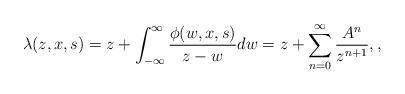
LaTeX: \begin{align*}\lambda(z,x,s)=z+\int_{-\infty}^{\infty}\frac{\phi(w,x,s)}{z-w}dw=z+\sum_{n=0}^{\infty}\frac{A^n}{z^{n+1}},,\end{align*}